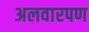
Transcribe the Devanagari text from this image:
अलवारपण